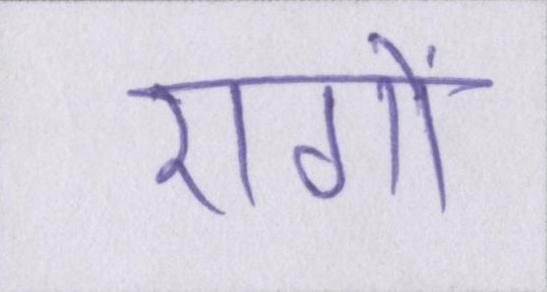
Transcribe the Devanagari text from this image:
रागों